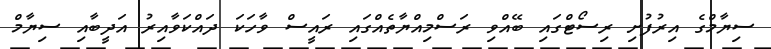
ސިޔާމްގެ އިރުފުށި ރިސޯޓްގައި ބޭއްވި ރަސްމިއްޔާތެއްގައި ރައީސް ވާހަކަ ދައްކަވާއިރު އަދީބާއި ސިޔާމް